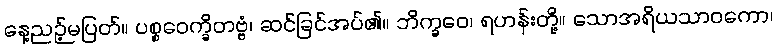
နေ့ညဉ့်မပြတ်။ ပစ္စဝေက္ခိတဗ္ဗံ၊ ဆင်ခြင်အပ်၏။ ဘိက္ခဝေ၊ ရဟန်းတို့။ သောအရိယသာဝကော၊